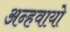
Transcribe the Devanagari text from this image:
अन्‍हवायो